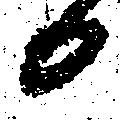
日